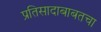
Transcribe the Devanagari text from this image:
प्रतिसादाबाबतचा